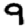
Digit: 9